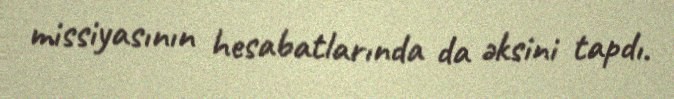
missiyasının hesabatlarında da əksini tapdı.